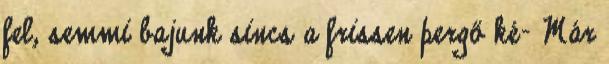
fel, semmi bajunk sincs a frissen pergő ké- Már